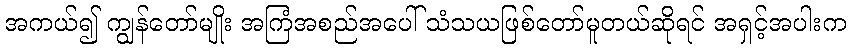
အကယ်၍ ကျွန်တော်မျိုး အကြံအစည်အပေါ် သံသယဖြစ်တော်မူတယ်ဆိုရင် အရှင့်အပါးက